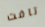
تافت